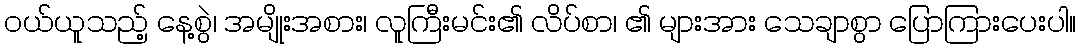
ဝယ်ယူသည့် နေ့စွဲ၊ အမျိုးအစား၊ လူကြီးမင်း၏ လိပ်စာ၊ ၏ များအား သေချာစွာ ပြောကြားပေးပါ။